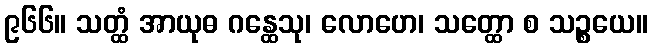
၉၆၆။ သတ္ထံ အာယုဓ ဂန္ထေသု၊ လောဟေ၊ သတ္ထော စ သဉ္စယေ။